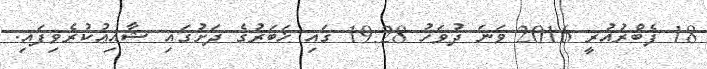
18 ފެބްރުއުރީ 2016 ވަނަ ދުވަހު 19:28 ގައި ޚަބަރުގެ ދަށުގައި ޝާއިޢުކުރެވިފައި.